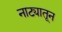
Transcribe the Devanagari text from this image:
नाट्यातून